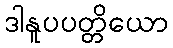
ဒါနူပပတ္တိယော